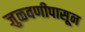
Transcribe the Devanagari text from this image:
जुळवणीपासून